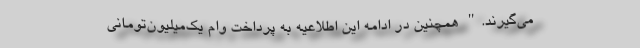
می‌گیرند." همچنین در ادامه این اطلاعیه به پرداخت وام یک‌میلیون‌تومانی